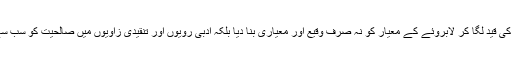
ملّا صاحب نے لابروئے کے اصولی موقف میں ذہنِ صالح کی قید لگا کر لابروئے کے معیار کو نہ صرف وقیع اور معیاری بنا دیا بلکہ ادبی رویوں اور تنقیدی زاویوں میں صالحیت کو سب سے اہم ا اور بنیادی عنصر قرار دینے کی سعی بھی کی ہے۔